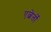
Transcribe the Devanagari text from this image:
एल्बेर्तो